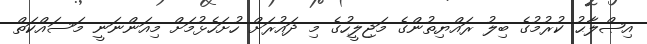
އިޞްލާޙު ކުރުމުގެ ބިލު ރައްޔިތުންގެ މަޖިލީހުގެ މި ދައުރަށް ހުށަހެޅުމަށް މިއަންނަނީ މަސައްކަތް